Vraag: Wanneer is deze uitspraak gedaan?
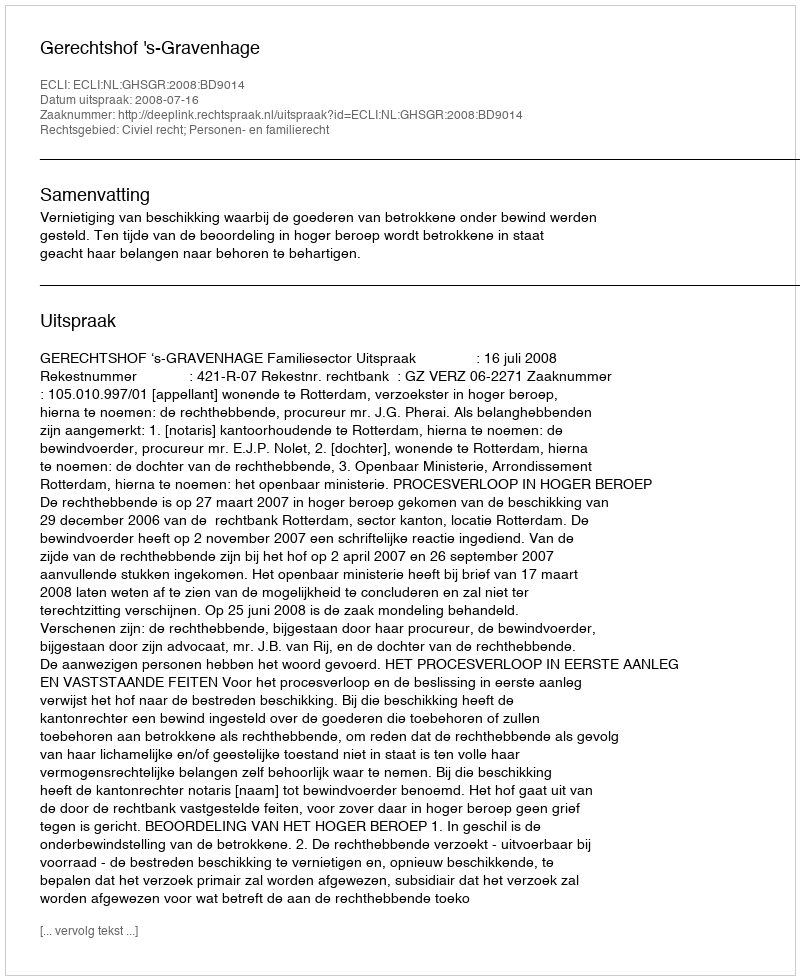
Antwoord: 2008-07-16